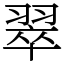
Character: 翠